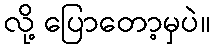
လို့ ပြောတော့မှပဲ။